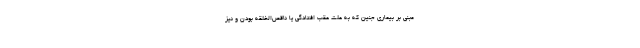
مبنی بر بیماری جنین که به علت عقب افتادگی یا ناقص‌الخلقه بودن و نیز